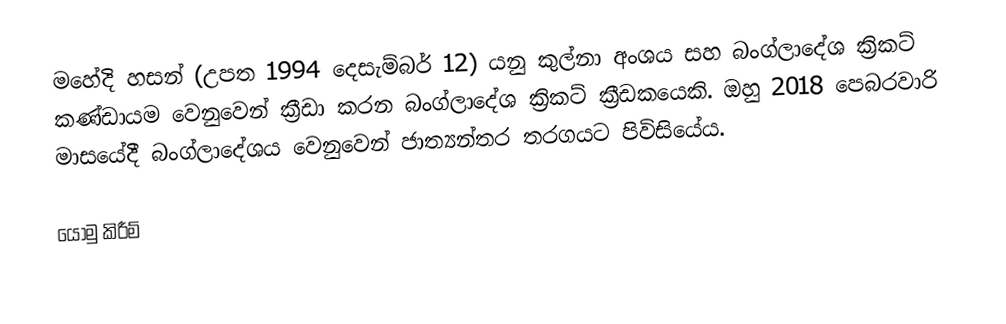
මහේදි හසන් (උපත 1994 දෙසැම්බර් 12) යනු කුල්නා අංශය සහ බංග්ලාදේශ ක්‍රිකට් කණ්ඩායම වෙනුවෙන් ක්‍රීඩා කරන බංග්ලාදේශ ක්‍රිකට් ක්‍රීඩකයෙකි. ඔහු 2018 පෙබරවාරි මාසයේදී බංග්ලාදේශය වෙනුවෙන් ජාත්‍යන්තර තරගයට පිවිසියේය.

යොමු කිරීම්